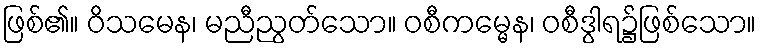
ဖြစ်၏။ ဝိသမေန၊ မညီညွတ်သော။ ဝစီကမ္မေန၊ ဝစီဒွါရ၌ဖြစ်သော။